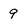
Character: 9